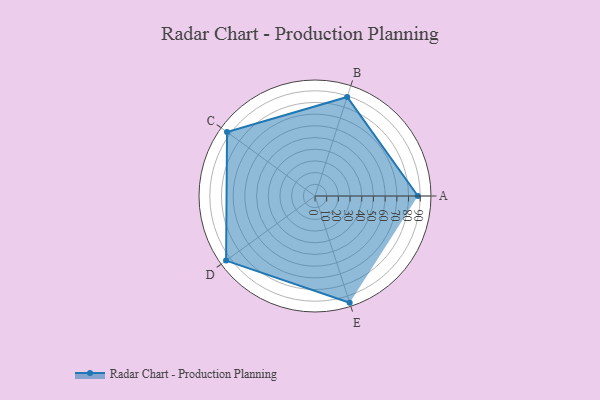
{"axis": {"x": "Skill", "y": "Score"}, "legend": ["Profile"], "data": [{"x": "A", "y": 88.0, "type": "Profile"}, {"x": "B", "y": 89.0, "type": "Profile"}, {"x": "C", "y": 93.0, "type": "Profile"}, {"x": "D", "y": 94.0, "type": "Profile"}, {"x": "E", "y": 96.0, "type": "Profile"}]}